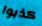
كذبوا